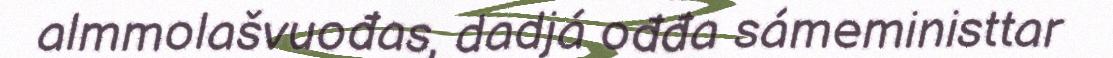
almmolašvuođas, dadjá ođđa sámeministtar